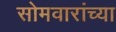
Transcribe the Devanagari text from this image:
सोमवारांच्या